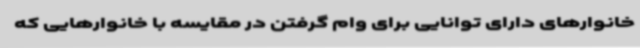
خانوارهای دارای توانایی برای وام گرفتن در مقایسه با خانوارهایی که